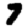
Digit: 7